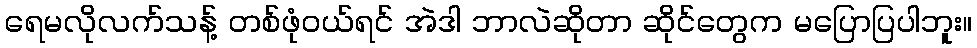
ရေမလိုလက်သန့် တစ်ဖုံဝယ်ရင် အဲဒါ ဘာလဲဆိုတာ ဆိုင်တွေက မပြောပြပါဘူး။